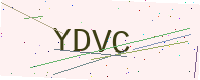
Text: YDVC